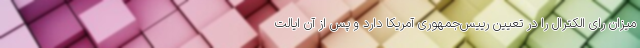
میزان رای الکترال را در تعیین رییس‌جمهوری آمریکا دارد و پس از آن ایالت